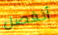
أنفصل